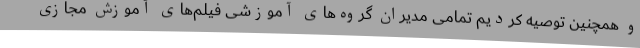
و همچنین توصیه کردیم تمامی مدیران گروه‌های آموزشی فیلم‌های آموزش مجازی